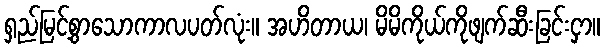
ရှည်မြင့်စွာသောကာလပတ်လုံး။ အဟိတာယ၊ မိမိကိုယ်ကိုဖျက်ဆီးခြင်းငှာ။